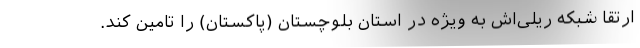
ارتقا شبکه ریلی‌اش به ویژه در استان بلوچستان (پاکستان) را تامین کند.